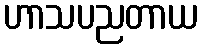
ဟာသပညတာယ